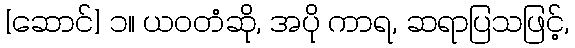
[ဆောင်] ၁။ ယဝတံဆို, အပို ကာရ, ဆရာပြသဖြင့်,